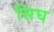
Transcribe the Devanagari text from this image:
सिघ